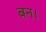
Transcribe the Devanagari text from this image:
बन।